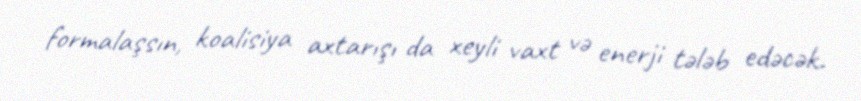
formalaşsın, koalisiya axtarışı da xeyli vaxt və enerji tələb edəcək.